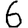
Digit: 6